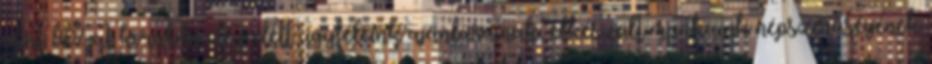
mint 80%-át korábbi elégedett ügyfeleink ajánlásainak, elkészült munkáink népszerűségének